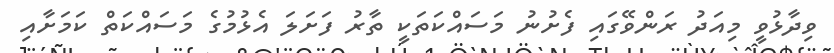
ވިދާޅުވީ މިއަދު ރަންވޭގައި ފެށުނު މަސައްކަތަކީ ތާރު ފަށަލަ އެޅުމުގެ މަސައްކަތް ކަމަށާއި